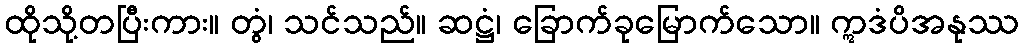
ထိုသို့တပြီးကား။ တွံ၊ သင်သည်။ ဆဋ္ဌံ၊ ခြောက်ခုမြောက်သော။ ဣဒံပိအနုဿ